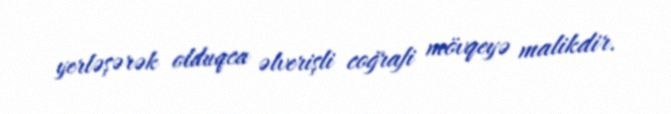
yerləşərək olduqca əlverişli coğrafi mövqeyə malikdir.